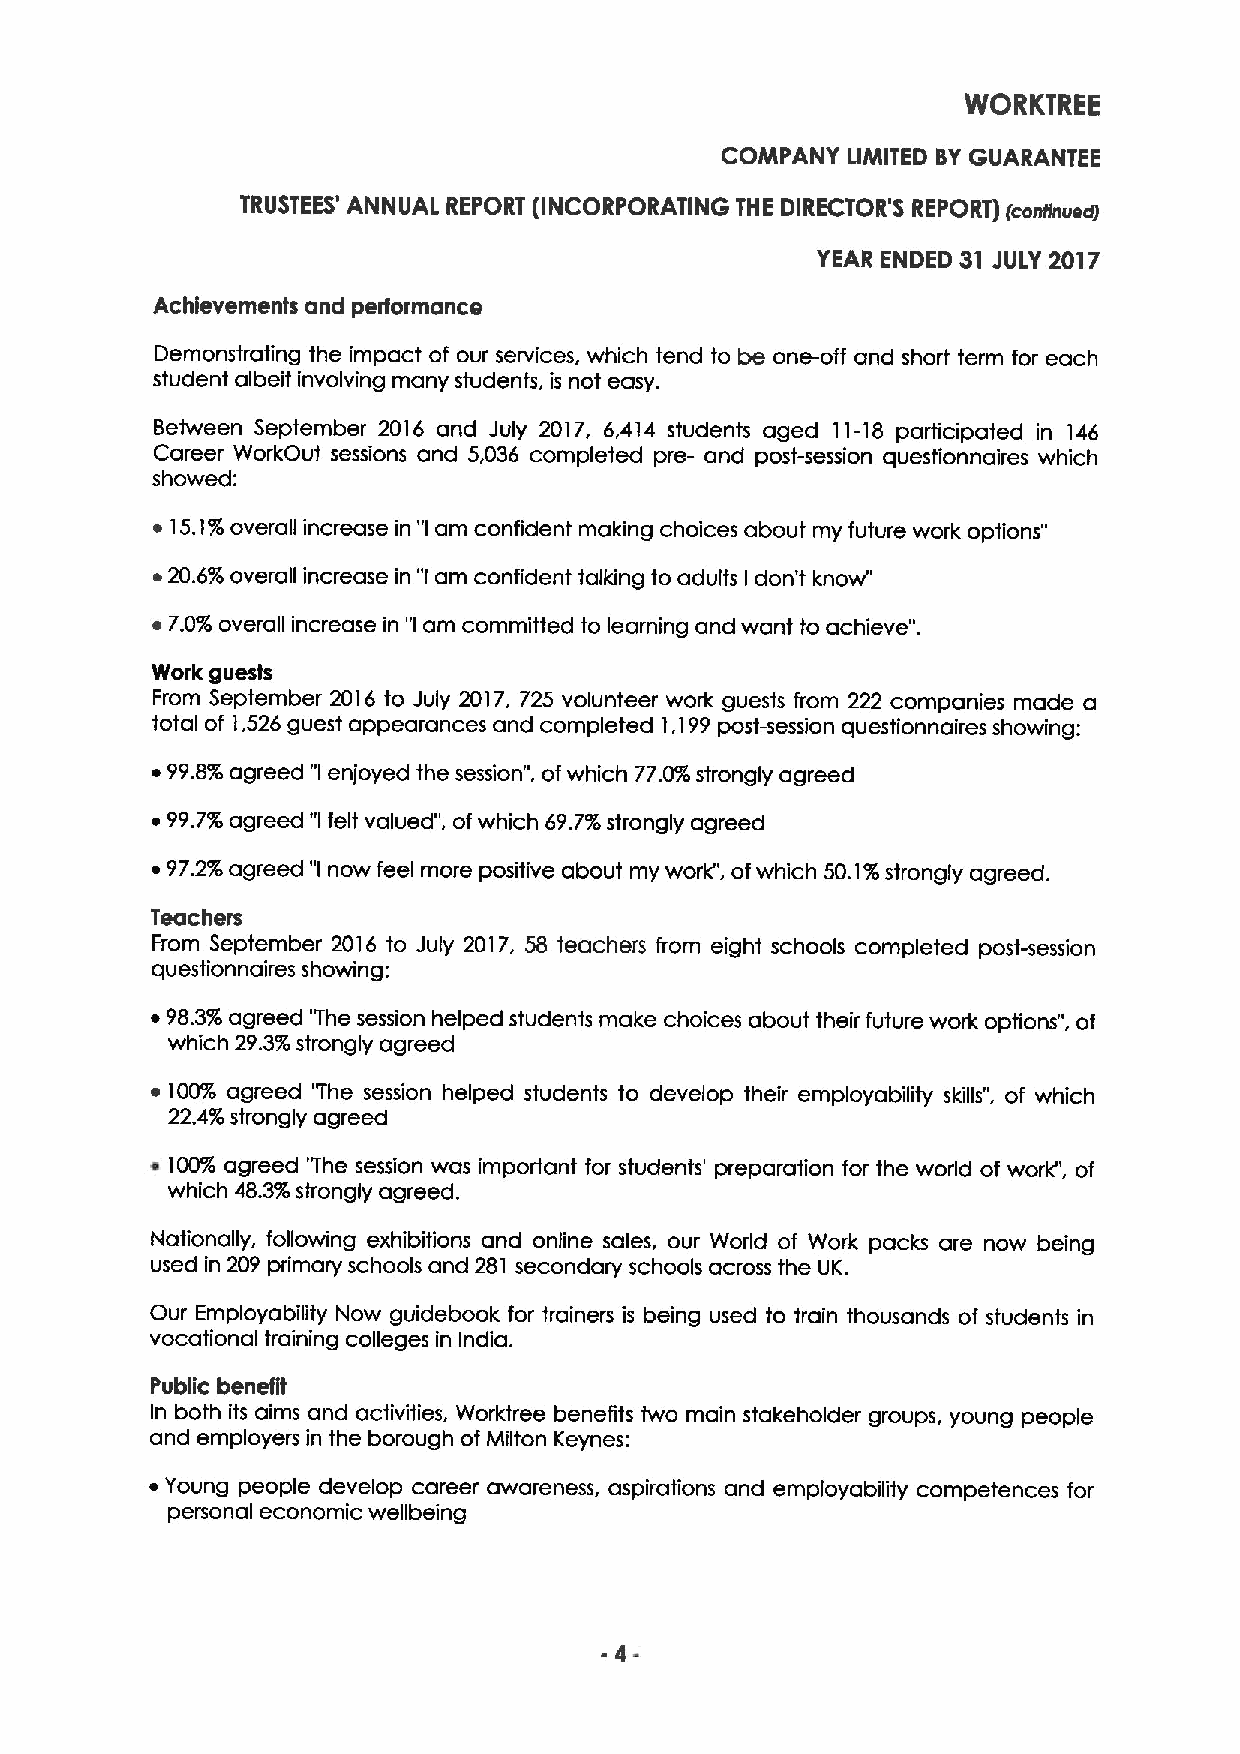
WORKTREE
 COMPANY LIMITED BYGUARANTEE
 TRUSTEES' ANNUAL REPORT (INCORPORATING THE DIRECTOR'S REPORT) (cnnrrnuecrf
 YEAR ENDED 31 JULY 2017
 Achievements and performance
 Demonstrating the impact of our services, which tend to be one-off and short term for each
 student albeit involving many students, is not easy.
 Between September 2016 and July 2017, 6,414 students aged 11-18 participated in 146
 Career WorkOut sessions and 5,036 completed pre- and post-session questionnaires which
 showed:
 ~ 15.1%overall increase in "Iam confident making choices about my future work options"
 ~20.6%overall increase in "Iam confident talking to adults don't know"
 I
 ~ 7.0%overall increase in "Iam committed to learning and want to achieve".
 Work guests
 From September 2016 to July 2017, 725 volunteer work guests from 222 companies made a
 total of 1,526 guest appearances and completed 1,199post-session questionnaires showing:
 ~99.8%agreed "Ienjoyed the session", ofwhich 77.0%strongly agreed
 ~ 99.7%agreed "Ifelt valued", ofwhich 69.7%strongly agreed
 ~ 97.2%agreed "Inow feel more positive about my work", ofwhich 50.1%strongly agreed.
 Teachers
 From September 2016 to July 2017, 58 teachers from eight schools completed post-session
 questionnaires showing:
 ~98.3%agreed 'The session helped students make choices about their future work options", of
 which 29.3%strongly agreed
 ~ 100% agreed 'The session helped students to develop their employability skills", of which
 22.4%strongly agreed
 ~ 100%agreed "The session was important for students' preparation for the world of work", of
 which 48.3%strongly agreed.
 Nationally, following exhibitions and online sales, our World of Work packs are now being
 used in 209 primary schools and 281 secondary schools across the IJK.
 Our Employability Now guidebook for trainers is being used to train thousands of students in
 vocational training colleges in India.
 Public benefit
 In both its aims and activities, Worktree benefits two main stakeholder groups, young people
 and employers in the borough of Milton Keynes:
 ~ Young people develop career awareness, aspirations and employability competences for
 personal economic wellbeing